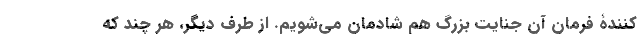
کنندۀ فرمان آن جنایت بزرگ هم شادمان می‌شویم. از طرف دیگر، هر چند که